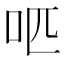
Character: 𠯔